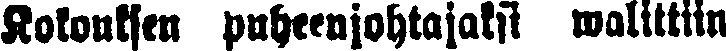
Kokouksen puheenjohtajaksi walittiin